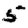
Digit: 5